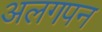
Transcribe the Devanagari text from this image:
अलगपन